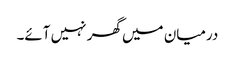
درمیان میں گھر نہیں آئے۔